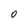
Character: O